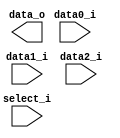
module MUX_3to1(
	input   	[32-1:0] data0_i,       
	input   	[32-1:0] data1_i,
	input   	[32-1:0] data2_i,
	input       [ 2-1:0] select_i,
	output wire [32-1:0] data_o
               );			   


endmodule